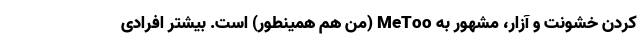
کردن خشونت و آزار، مشهور به MeToo (من هم همینطور) است. بیشتر افرادی